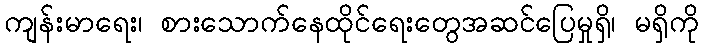
ကျန်းမာရေး၊ စားသောက်နေထိုင်ရေးတွေအဆင်ပြေမှုရှိ၊ မရှိကို